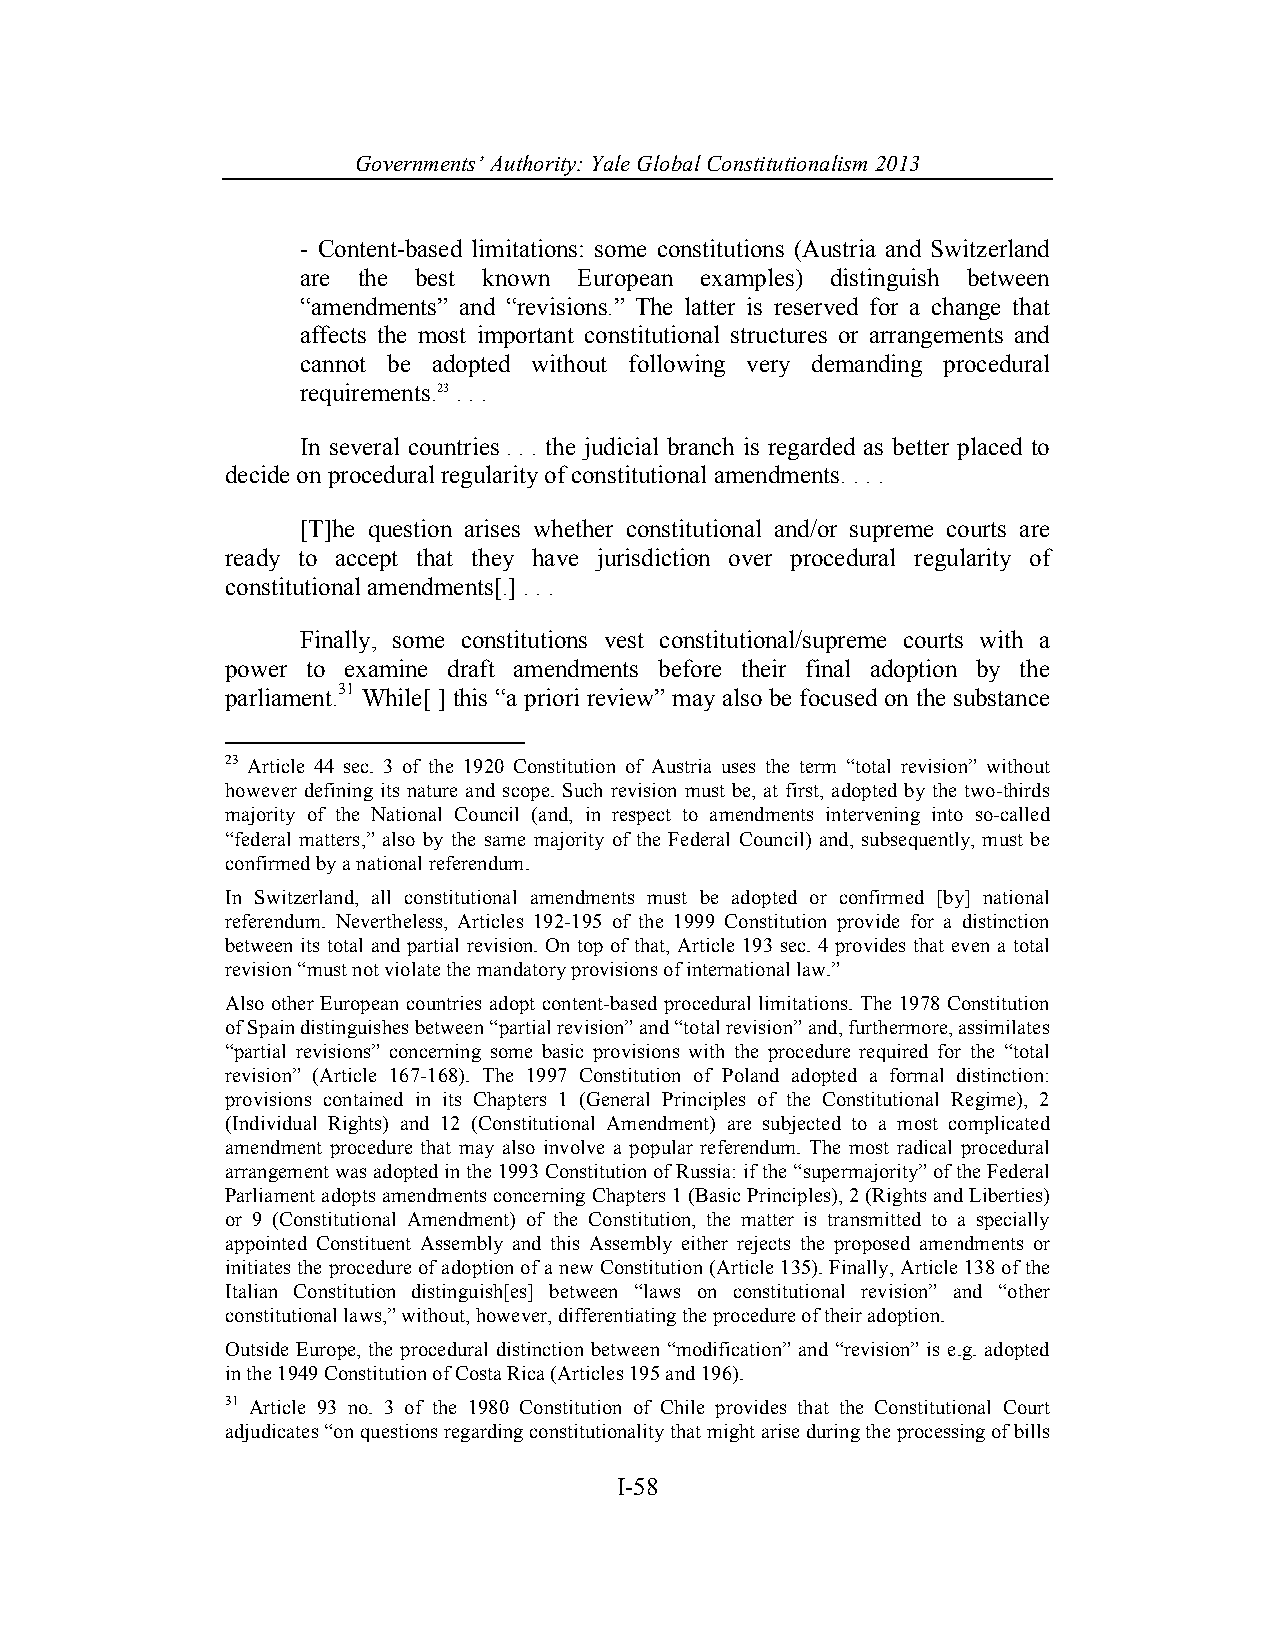
Governments’ Authority: Yale Global Constitutionalism 2013
 - Content-based limitations: some constitutions (Austria and Switzerland
 are the best known European examples) distinguish between
 “amendments” and “revisions.” The latter is reserved for a change that
 affects the most important constitutional structures or arrangements and
 cannot be adopted without following very demanding procedural
 requirements.23 . . .
 In several countries . . . the judicial branch is regarded as better placed to
 decide on procedural regularity of constitutional amendments. . . .
 [T]he question arises whether constitutional and/or supreme courts are
 ready to accept that they have jurisdiction over procedural regularity of
 constitutional amendments[.] . . .
 Finally, some constitutions vest constitutional/supreme courts with a
 power to examine draft amendments before their final adoption by the
 parliament.31 While[ ] this “a priori review” may also be focused on the substance
 23 Article 44 sec. 3 of the 1920 Constitution of Austria uses the term “total revision” without
 however defining its nature and scope. Such revision must be, at first, adopted by the two-thirds
 majority of the National Council (and, in respect to amendments intervening into so-called
 “federal matters,” also by the same majority of the Federal Council) and, subsequently, must be
 confirmed by a national referendum.
 In Switzerland, all constitutional amendments must be adopted or confirmed [by] national
 referendum. Nevertheless, Articles 192-195 of the 1999 Constitution provide for a distinction
 between its total and partial revision. On top of that, Article 193 sec. 4 provides that even a total
 revision “must not violate the mandatory provisions of international law.”
 Also other European countries adopt content-based procedural limitations. The 1978 Constitution
 of Spain distinguishes between “partial revision” and “total revision” and, furthermore, assimilates
 “partial revisions” concerning some basic provisions with the procedure required for the “total
 revision” (Article 167-168). The 1997 Constitution of Poland adopted a formal distinction:
 provisions contained in its Chapters 1 (General Principles of the Constitutional Regime), 2
 (Individual Rights) and 12 (Constitutional Amendment) are subjected to a most complicated
 amendment procedure that may also involve a popular referendum. The most radical procedural
 arrangement was adopted in the 1993 Constitution of Russia: if the “supermajority” of the Federal
 Parliament adopts amendments concerning Chapters 1 (Basic Principles), 2 (Rights and Liberties)
 or 9 (Constitutional Amendment) of the Constitution, the matter is transmitted to a specially
 appointed Constituent Assembly and this Assembly either rejects the proposed amendments or
 initiates the procedure of adoption of a new Constitution (Article 135). Finally, Article 138 of the
 Italian Constitution distinguish[es] between “laws on constitutional revision” and “other
 constitutional laws,” without, however, differentiating the procedure of their adoption.
 Outside Europe, the procedural distinction between “modification” and “revision” is e.g. adopted
 in the 1949 Constitution of Costa Rica (Articles 195 and 196).
 31 Article 93 no. 3 of the 1980 Constitution of Chile provides that the Constitutional Court
 adjudicates “on questions regarding constitutionality that might arise during the processing of bills
 I-58